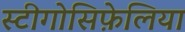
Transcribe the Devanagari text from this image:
स्टीगोसिफ़ेलिया